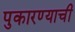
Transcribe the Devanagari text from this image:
पुकारण्याची